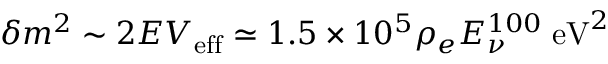
\delta m ^ { 2 } \sim 2 E V _ { \mathrm { e f f } } \simeq 1 . 5 \times 1 0 ^ { 5 } \rho _ { e } E _ { \nu } ^ { 1 0 0 } \; \mathrm { e V } ^ { 2 }